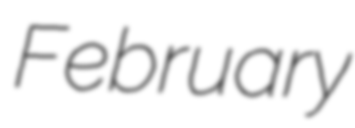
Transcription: February